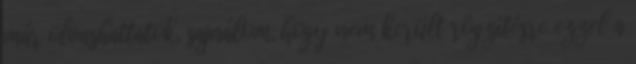
már olvashattatok, sajnálom, hogy nem került rögzítésre ezzel a